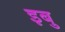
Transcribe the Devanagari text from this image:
इबु